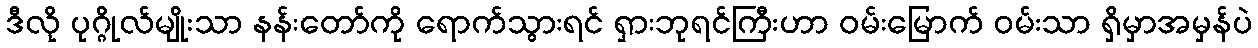
ဒီလို ပုဂ္ဂိုလ်မျိုးသာ နန်းတော်ကို ရောက်သွားရင် ရှားဘုရင်ကြီးဟာ ဝမ်းမြောက် ဝမ်းသာ ရှိမှာအမှန်ပဲ